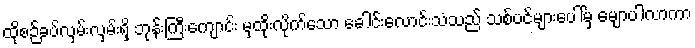
ထိုစဉ်ခပ်လှမ်းလှမ်းရှိ ဘုန်းကြီးကျောင်း မှထိုးလိုက်သော ခေါင်းလောင်းသံသည် သစ်ပင်များပေါ်မှ မျောပါလာကာ